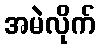
အမဲလိုက်